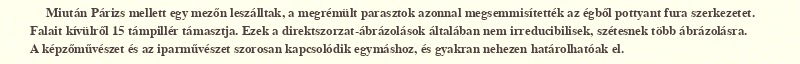
Miután Párizs mellett egy mezőn leszálltak, a megrémült parasztok azonnal megsemmisítették az égből pottyant fura szerkezetet. Falait kívülről 15 támpillér támasztja. Ezek a direktszorzat-ábrázolások általában nem irreducibilisek, szétesnek több ábrázolásra. A képzőművészet és az iparművészet szorosan kapcsolódik egymáshoz, és gyakran nehezen határolhatóak el.